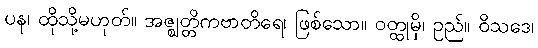
ပန၊ ထိုသို့မဟုတ်။ အဇ္ဈတ္တိကဗာတိရေ၊ ဖြစ်သော။ ဝတ္ထုမှိ၊ ဥည်။ ဝိသဒေ၊